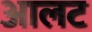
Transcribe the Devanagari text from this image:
आलट